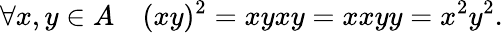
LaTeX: \forall x,y\in A\quad(xy)^{2}=xyxy=xxyy=x^{2}y^{2}.